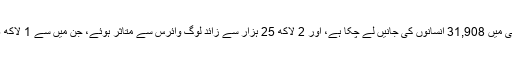
یورپی ملک اٹلی تیسرا ملک ہے جہاں وائرس سے بے پناہ ہلاکتیں ہوئیں، اب تک یہ وائرس اٹلی میں 31,908 انسانوں کی جانیں لے چکا ہے، اور 2 لاکھ 25 ہزار سے زائد لوگ وائرس سے متاثر ہوئے، جن میں سے 1 لاکھ 25 ہزار مریض صحت یاب ہوئے، اور 800 کے قریب مریضوں کی حالت تشویش ناک ہے۔